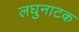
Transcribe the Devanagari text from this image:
लघुनाटक